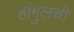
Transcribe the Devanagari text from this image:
हांगुलची